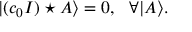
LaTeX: | ( c _ { 0 } I ) \star A \rangle = 0 , \ \ \forall | A \rangle .